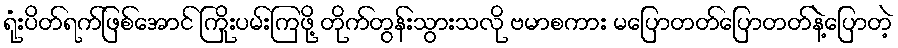
ရုံးပိတ်ရက်ဖြစ်အောင် ကြိုးပမ်းကြဖို့ တိုက်တွန်းသွားသလို ဗမာစကား မပြောတတ်ပြောတတ်နဲ့ပြောတဲ့